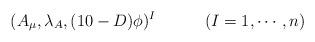
LaTeX: \begin{align*}(A_\mu,\lambda_A,(10 -D)\phi)^I \qquad \quad (I=1,\cdots,n)\end{align*}